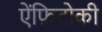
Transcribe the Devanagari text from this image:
ऐंफ़िटोकी